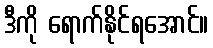
ဒီကို ရောက်နိုင်ရအောင်။